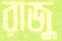
রাজু